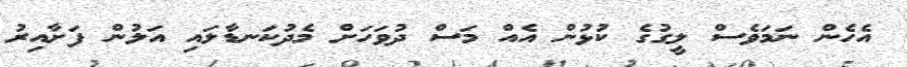
އެހެން ނަމަވެސް ލީގުގެ ކުޅުން އެއް މަސް ދުވަހަށް މެދުކަނޑާލައި އަލުން ފަށާއިރު